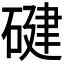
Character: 𮀴